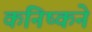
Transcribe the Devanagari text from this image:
कनिष्कने